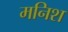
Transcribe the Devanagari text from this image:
मनिश